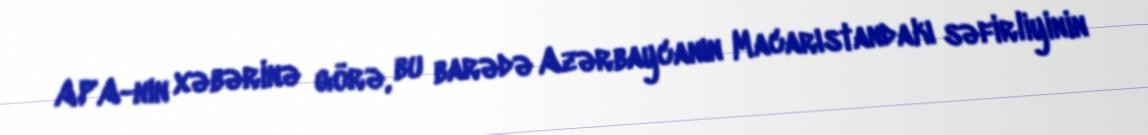
APA-nın xəbərinə görə, bu barədə Azərbaycanın Macarıstandakı səfirliyinin